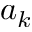
a _ { k }